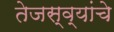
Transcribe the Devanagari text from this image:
तेजस्व्यांचे